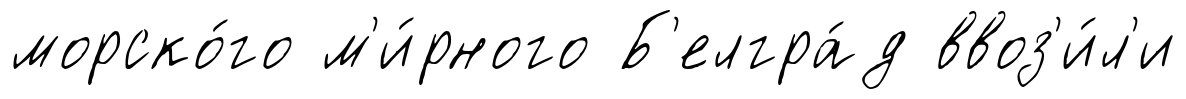
морско́го м'и́рного Б'елгра́д ввоз'и́л'и